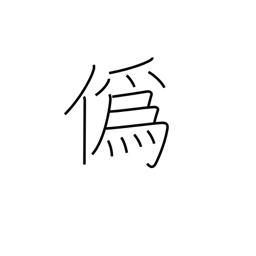
Meaning: deceive